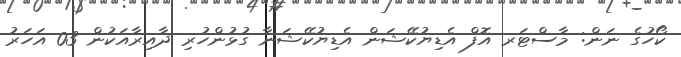
ކޯހުގެ ނަން: މާސްޓަރ އޮފް އެޑިޔުކޭޝަން އެޑިޔުކޭޝަނާ ގުޅުންހުރި ދާއިރާއަކުން 03 އަހަރު